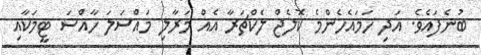
ބުނެފައެވެ. އަދި ހަމައެހެންމެ ކޮލެޖް ލެކްޗަރާ އެއް މަރާލި މައްސަލަ ހާއްސަ ޓީމަކާއި